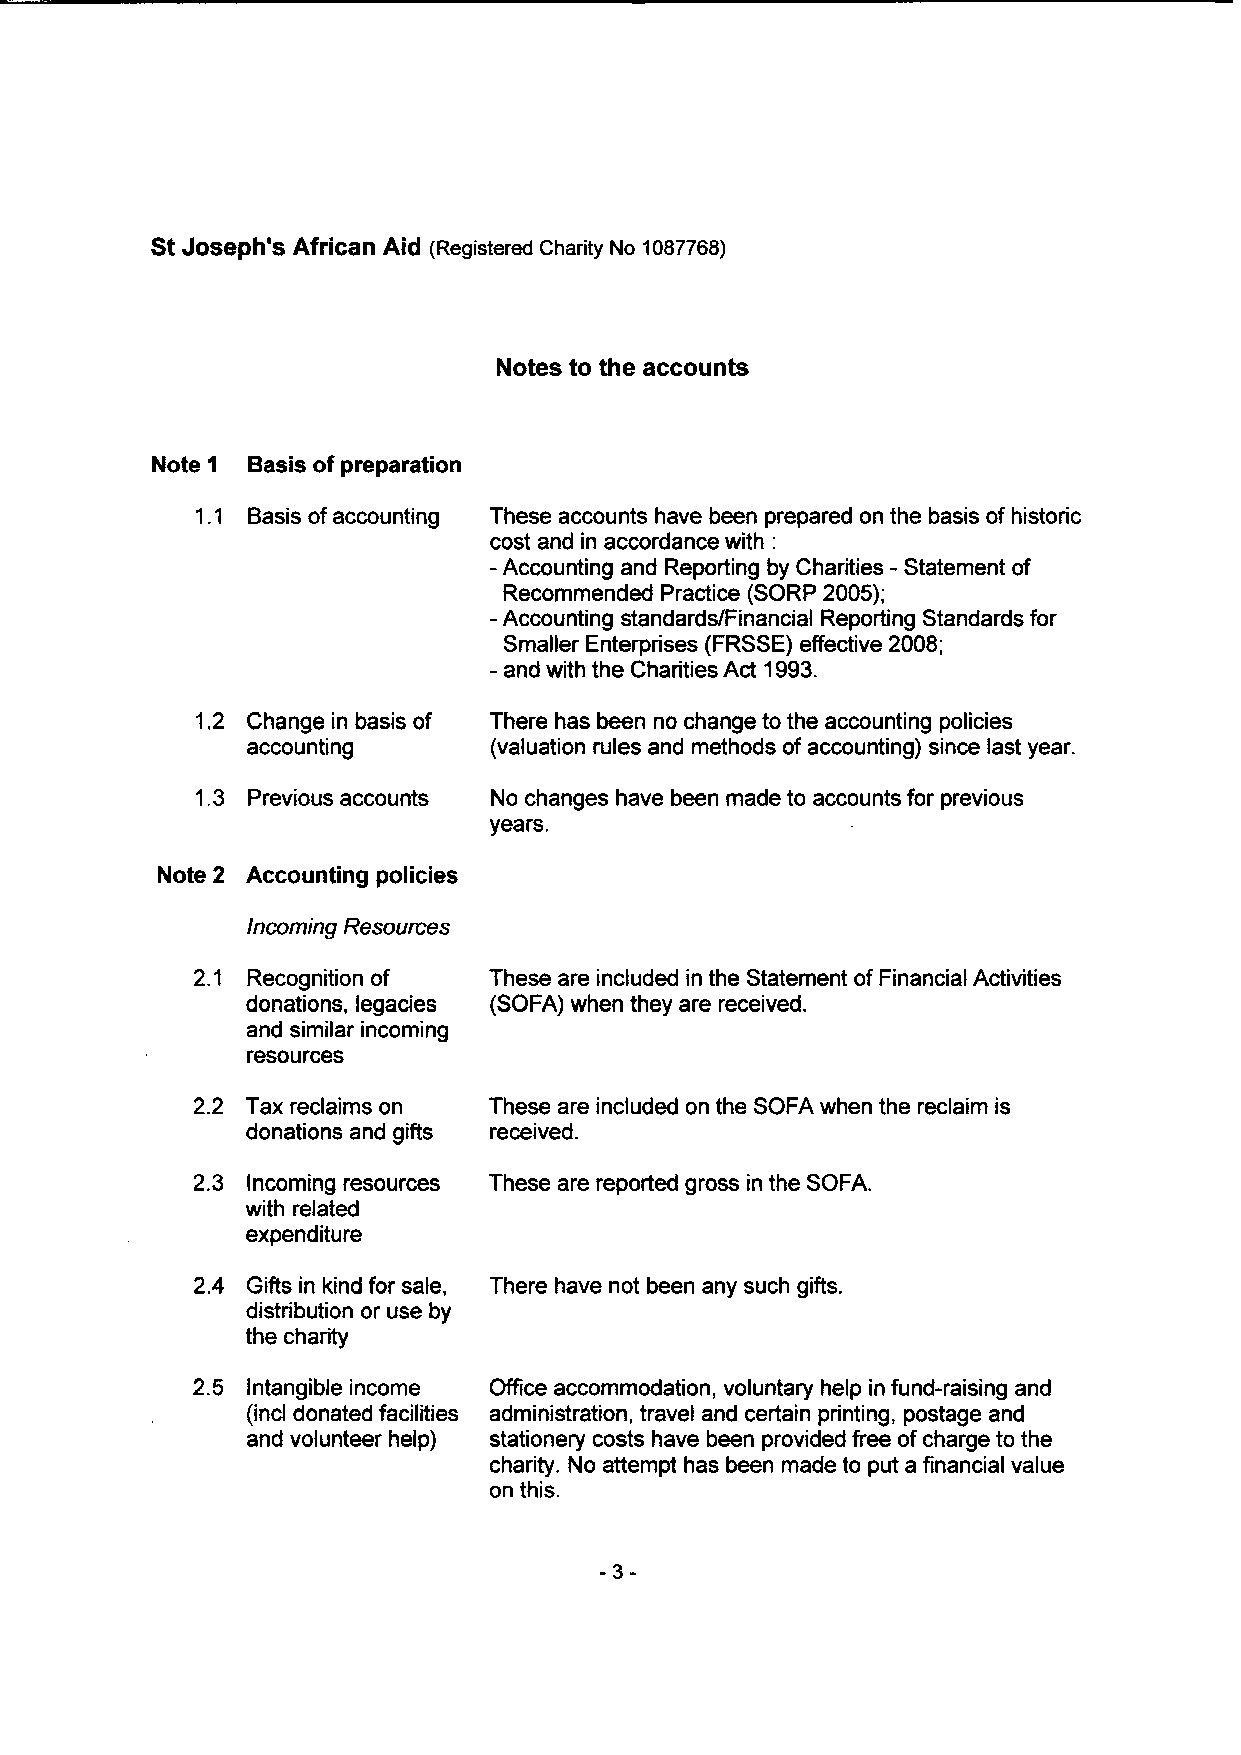
StJoseph's African Aid (Registered charity No 1087766)
 Notes to the accounts
 Note 1 Basis ofpreparation
 1. 1 Basis ofaccounting These accounts have been prepared on the basis of historic
 cost and in accordance with:
 - Accounting and Reporting by Charities - Statement of
 Recommended Practice (SORP 2005);
 - Accounting standards/Financial Reporting Standards for
 Smaller Enterprises (FRSSE)effective 2008;
 - and with the Charities Act 1993.
 1.2 Change in basis of There has been no change to the accounting policies
 accounting      (valuation rules and methods of accounting) since last year.
 1.3 Previous accounts No changes have been made to accounts for previous
 years.
 Note 2 Accounting policies
 Incoming Resources
 2.1 Recognition of These are included in the Statement ofFinancial Activities
 donations, legacies (SOFA) when they are received.
 and similar incoming
 resources
 2.2 Tax reclaims on These are included on the SOFA when the reclaim is
 donations and gifts received.
 2.3 Incoming resources These are reported gross in the SOFA.
 with related
 expenditure
 2.4 Gifts in kind for sale, There have not been any such gifts.
 distribution or use by
 the charity
 2.5 Intangible income Office accommodation, voluntary help in fund-raising and
 (incl donated facilities administration, travel and certain printing, postage and
 and volunteer help) stationery costs have been provided free ofcharge to the
 charity. No attempt has been made to put a financial value
 on this.
 -3-